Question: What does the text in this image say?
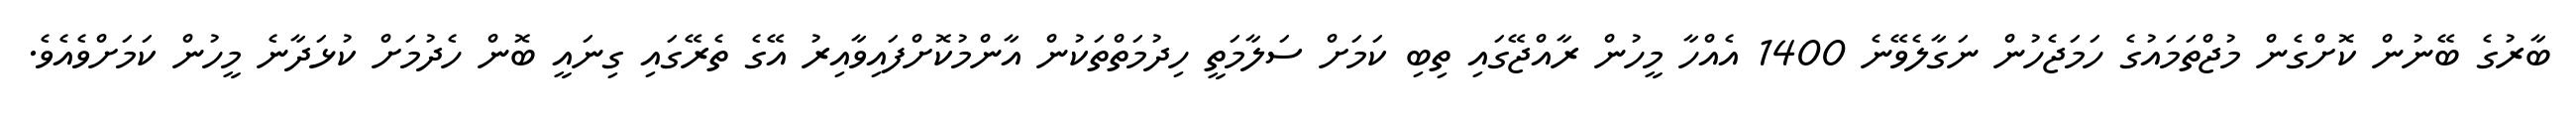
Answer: ބާރުގެ ބޭނުން ކޮށްގެން މުޖްތަމައުގެ ހަމަޖެހުން ނަގާލެވޭނެ 1400 އެއްހާ މީހުން ރާއްޖޭގައި ތިބި ކަމަށް ސަލާމަތީ ހިދުމަތްތަކުން އާންމުކޮށްފައިވާއިރު އޭގެ ތެރޭގައި ގިނައީ ބޮން ހެދުމަށް ކުޅަދާނެ މީހުން ކަމަށްވެއެވެ.